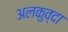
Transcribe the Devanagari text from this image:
अलकुव्दा